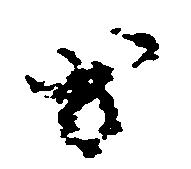
お